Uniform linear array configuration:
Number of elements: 8
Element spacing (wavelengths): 0.5
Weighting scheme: uniform
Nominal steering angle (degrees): -15
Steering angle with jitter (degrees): -13.437
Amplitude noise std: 0.05
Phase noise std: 0.05

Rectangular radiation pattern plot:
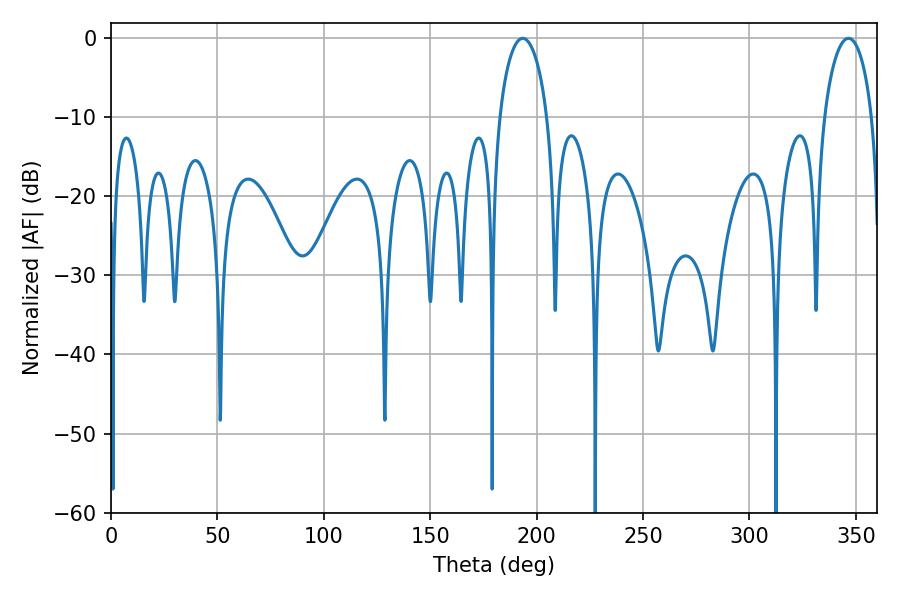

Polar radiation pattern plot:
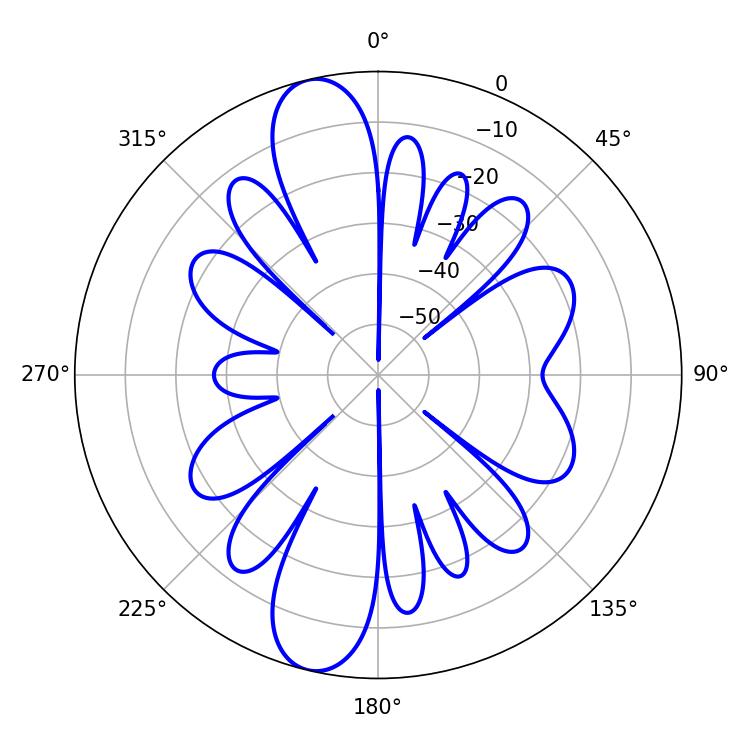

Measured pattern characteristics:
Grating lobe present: FALSE
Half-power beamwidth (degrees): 12.96
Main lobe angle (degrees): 193.5